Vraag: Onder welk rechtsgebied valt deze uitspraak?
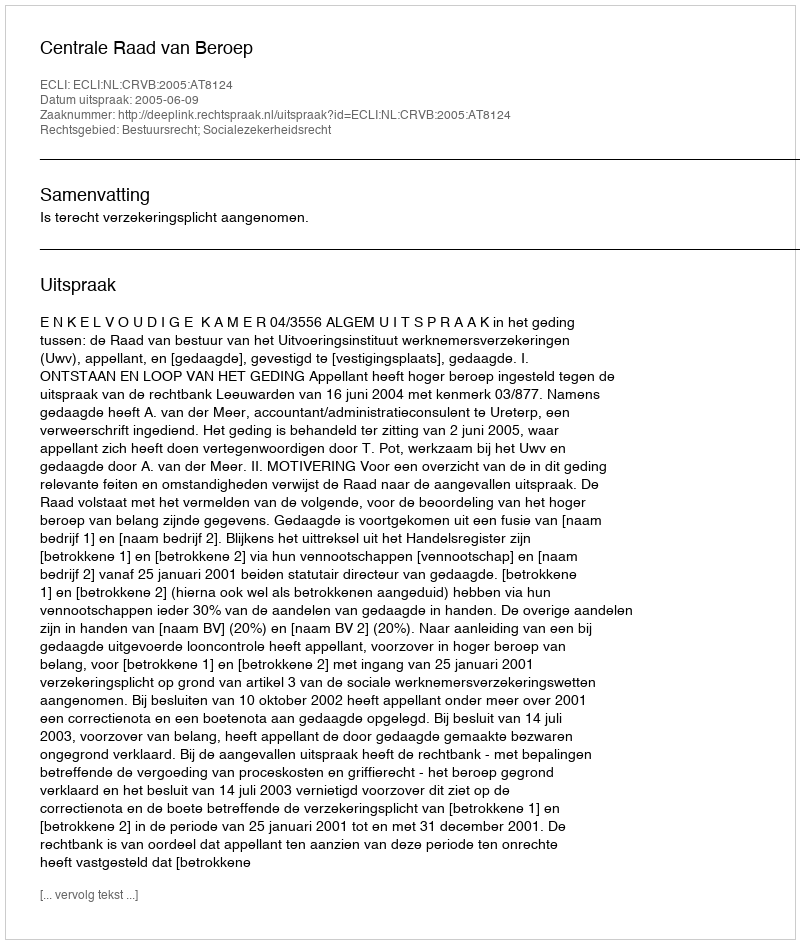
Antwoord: Bestuursrecht; Socialezekerheidsrecht